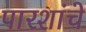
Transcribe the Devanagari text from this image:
पारशांचे